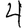
Digit: 4